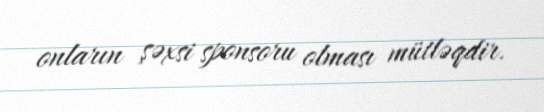
onların şəxsi sponsoru olması mütləqdir.